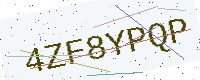
Text: 4ZF8YPQP